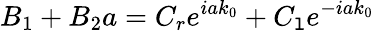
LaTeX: B_{1}+B_{2}a=C_{r}e^{iak_{0}}+C_{\mathtt{l}}e^{-iak_{0}}